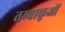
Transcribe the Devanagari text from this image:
तम्बाकुओं